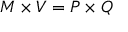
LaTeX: M \times V = P \times Q